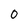
Character: 0